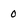
Character: o